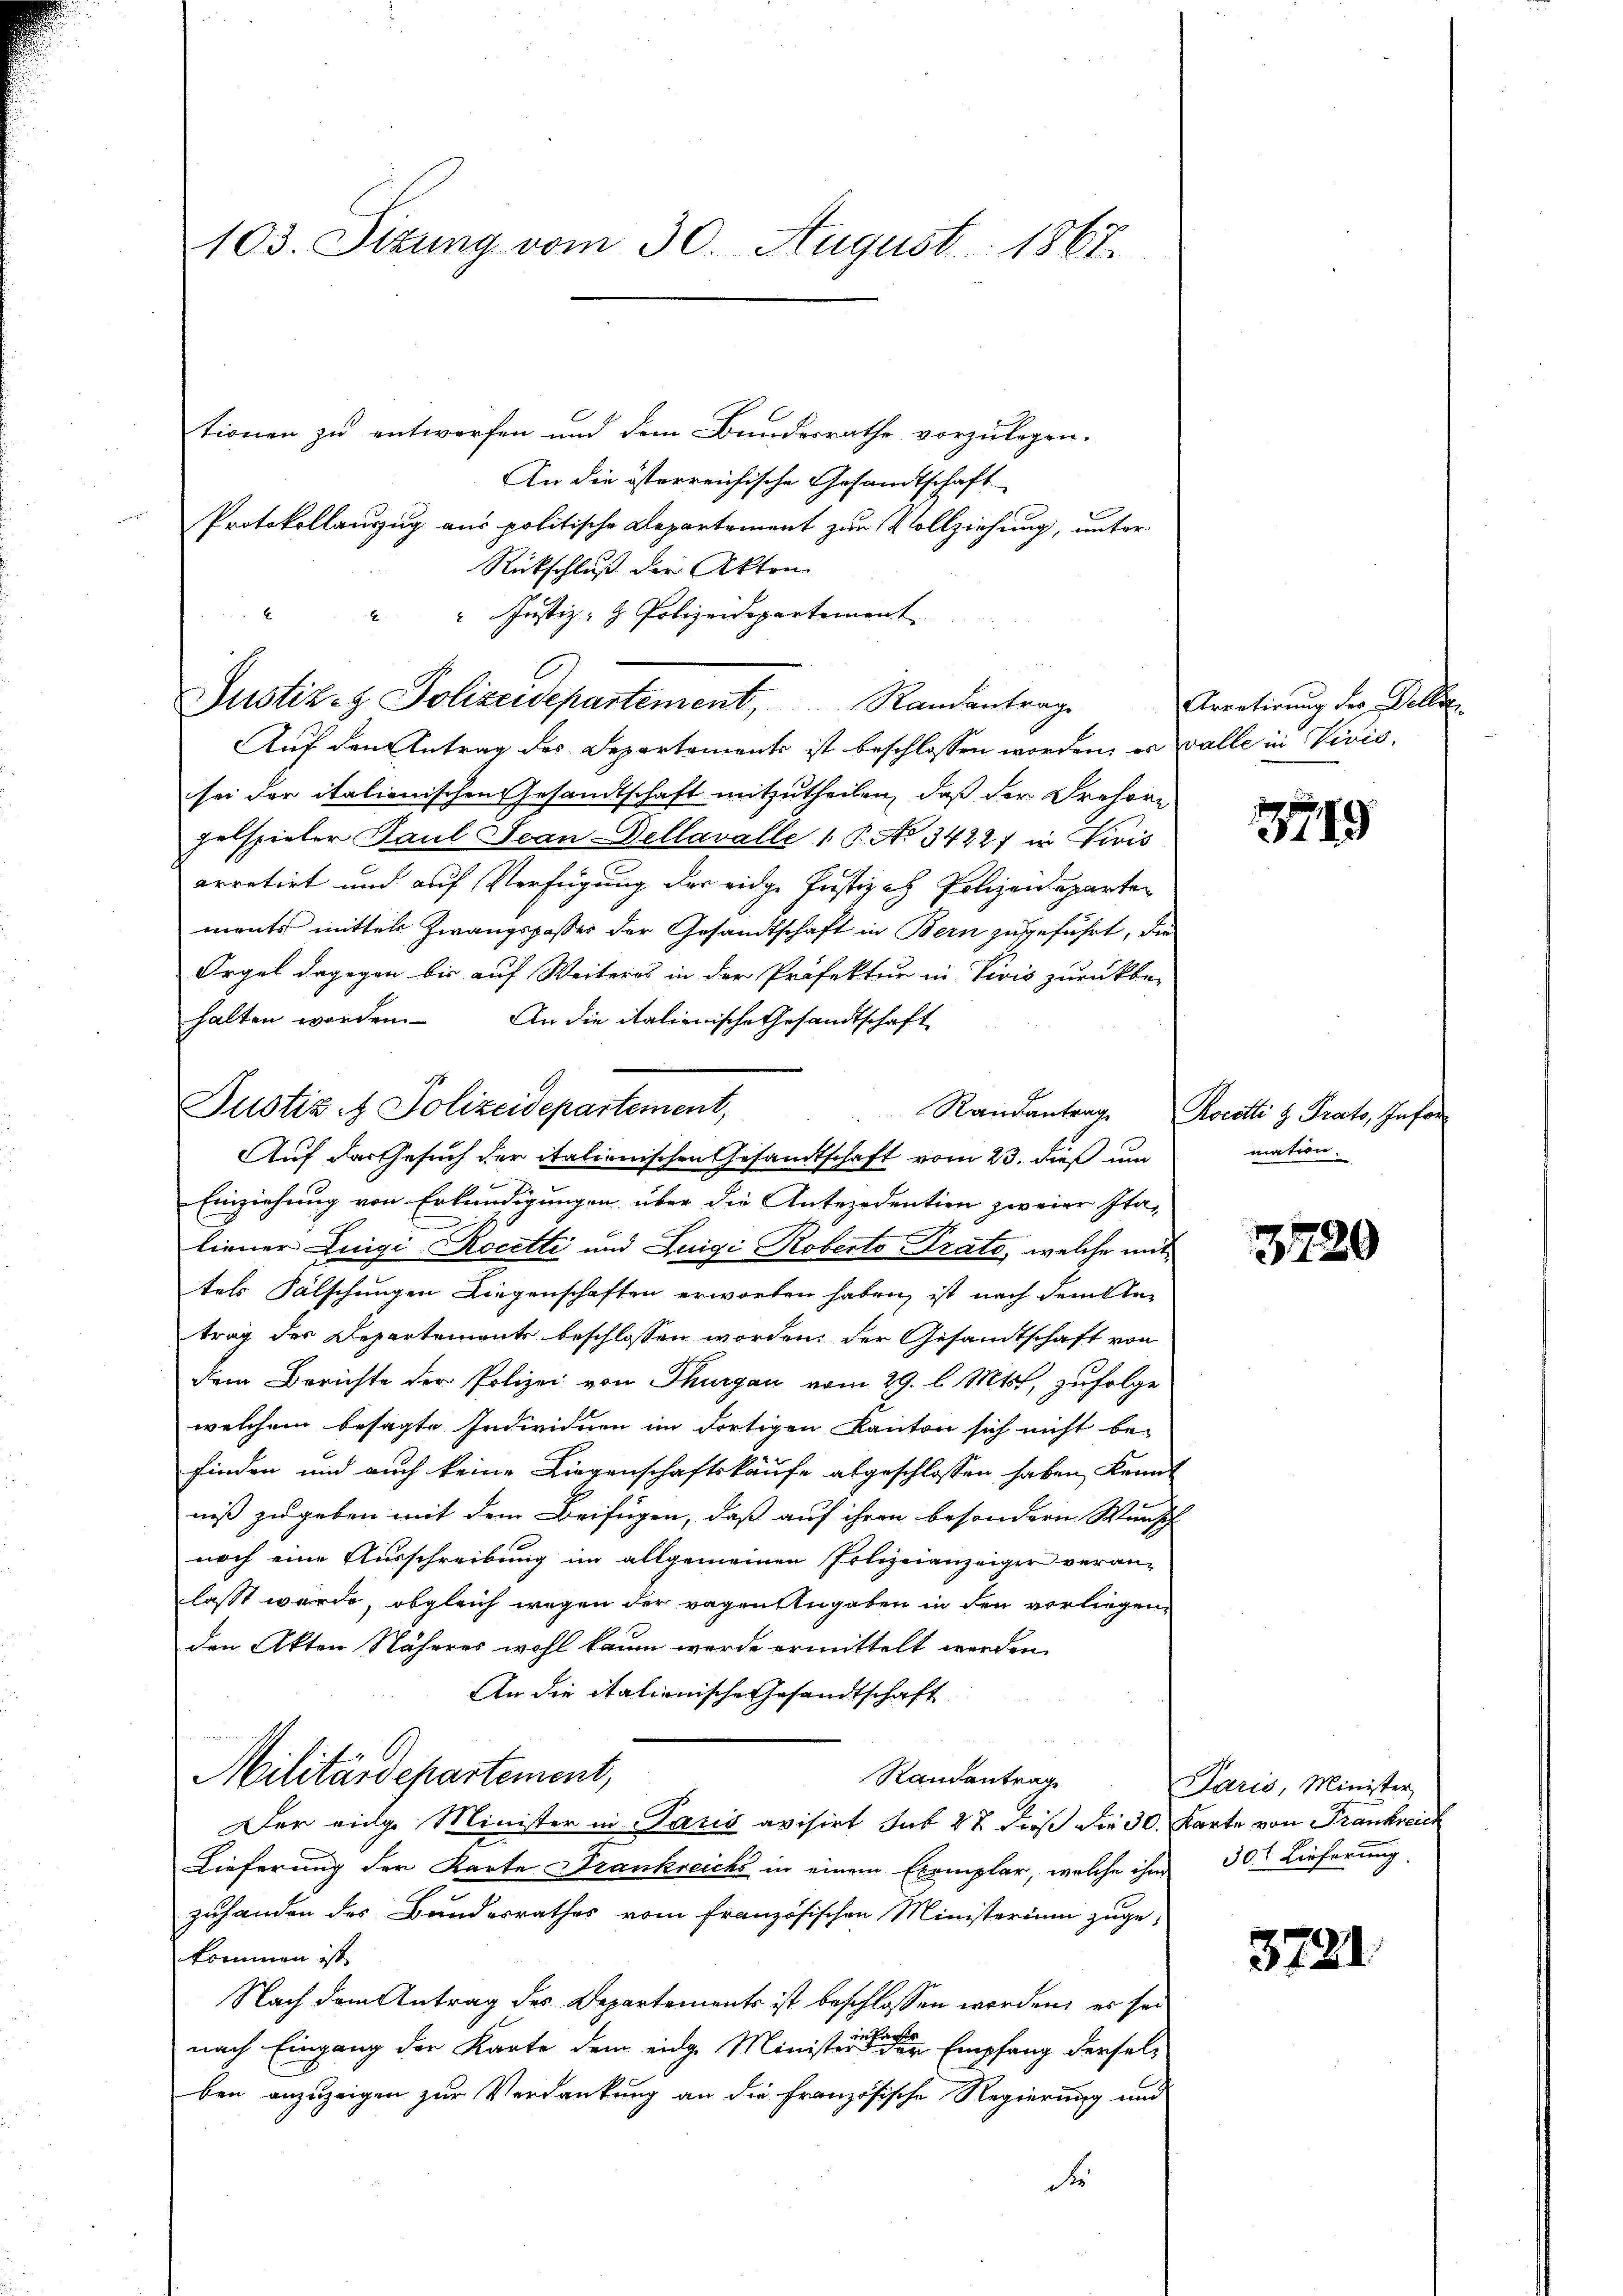
103. Sizung vom 30. August 1867.

tionen zu entworfen und dem Bundesrathe vorzulegen.
An die österreichische Gesandtschaft
Protokollauszug aus politische Departement zur Vollziehung, unter
Rückschluß der Akten
" Justiz- & Polizeidepartement
Justiz- & Polizeidepartement, Randantrage
Auf den Antrag des Departements ist beschlossen worden, es valle in Vivis,
sei der italienischen Gesandtschaft mitzutheilen, daß der Drehöre
pelspieler Paul Jean Dellavalle 1 P. No 3422) in Firis
arretirt und auf Verfügung der eidge Justizch Polizeideparten
ments mittels Zwangspasser der Gesandtschaft in Bern zugeführt, die
Orgel dagegen bis auf Weiteres in der Präfektur in Vivis zurückbe-
halten worden. An die italienische Gesandtschaft
Auf das Gesuch der italienischen Gesandtschaft vom 23. dieß um
Einziehung von Erkundigungen über die Antezedention zweier Italiener Luigi Rocette und Luigi Roberto Prato, welche mit
tels Fälschungen Liegenschaften erworben haben, ist nach dem Sta-
trag des Departements beschlossen worden; der Gesamtschaft von
dem Berichte der Polizei von Thurgau vom 29. l. Mtst, zufolge
welchem besagte Individuen im dortigen Kanton sich nicht be-
finden und auch keine Liegenschaftskäufe abgeschlossen haben kannt
niß zugeben mit dem Beifügen, daß auf ihren besondern Wunsch
noch eine Ausschreibung im allgemeinen Polizeianzeiger veranlasst wurde, obgleich wegen der wegen Angaben in den vorliegen,
den Akten Näheres wohl kaum werde ermittelt werden.
An die italienische Gesandtschaft
Militärdepartement,
Randantrag
Der eige Minister in Paris avisirt sub 27 dieß die 30. Karte von Frankreich
Lieferung der Karte Frankreichs in einem Exemplar, welche ihm 30t Lieferung
zuhanden des Bundesrathes vom französischen Ministerium zuge-
kommen ist.
Nach dem Antrag des Departements ist beschlossen worden, es sei
nach Eingang der Karte dem eidg. Minister eine Empfang derselben anzuzeigen zur Verdankung an die Französische Regierung und
d

x

Justiz & Polizeidepartement,

Arretirung des Gelder

3719

Randantrag Rocotti H. Prato, Infor
mation.

3720

Paris, Minister

3721